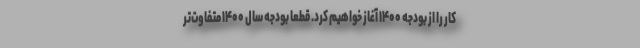
کار را از بودجه ۱۴۰۰ آغاز خواهیم کرد. قطعا بودجه سال ۱۴۰۰ متفاوت‌تر